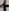
Text: +